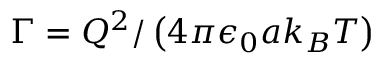
\Gamma = Q ^ { 2 } / \left( 4 \pi \epsilon _ { 0 } a k _ { B } T \right)